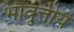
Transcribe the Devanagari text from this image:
भौवृत्तीय